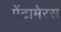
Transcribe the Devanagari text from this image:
पेंटामेरस